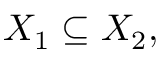
X _ { 1 } \subseteq X _ { 2 } ,